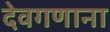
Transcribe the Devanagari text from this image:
देवगणाना